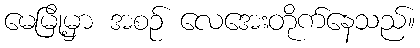
မေမြို့မှာ အစဉ် လေအေးတိုက်နေသည်။